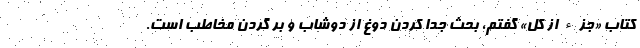
کتاب «جزء از کل» گفتم، بحث جدا کردن دوغ از دوشاب و بر گردن مخاطب است.